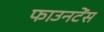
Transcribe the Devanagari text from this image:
फाउनटेंस